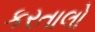
કરતાલો